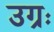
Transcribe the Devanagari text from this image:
उग्रः